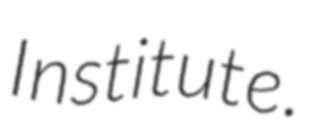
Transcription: Institute.